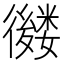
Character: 𢖕